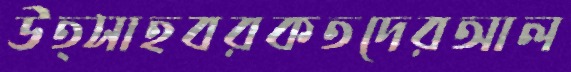
উত্সাহবরকতদেরআল